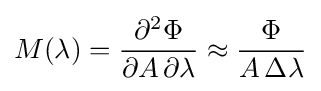
M(\lambda )={\frac {\partial ^{2}\Phi }{\partial A\,\partial \lambda }}\approx {\frac {\Phi }{A\,\Delta \lambda }}